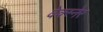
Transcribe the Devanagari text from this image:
वेक्स्नेर